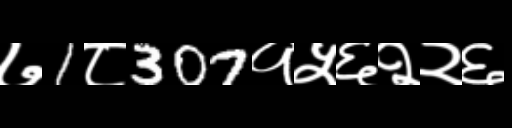
Text: ७1८307१५६२२६